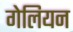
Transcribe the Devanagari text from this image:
गेलियन